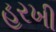
હરખી